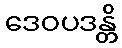
ဒေဝပဒန္တိ